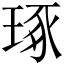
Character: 琢